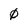
Character: 0